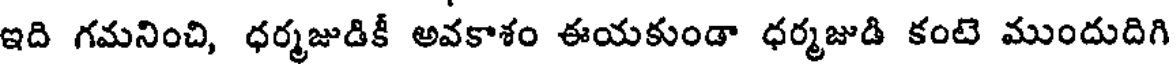
ఇది గమనించి, ధర్మజుడికీ అవకాశం ఈయకుండా ధర్మజుడి కంటె ముందుదిగి